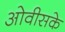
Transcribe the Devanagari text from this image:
ओवीसके